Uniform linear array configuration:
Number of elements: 24
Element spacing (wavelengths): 0.25
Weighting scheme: binomial
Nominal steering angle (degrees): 15
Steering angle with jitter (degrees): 15.05
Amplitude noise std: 0.05
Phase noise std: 0.05

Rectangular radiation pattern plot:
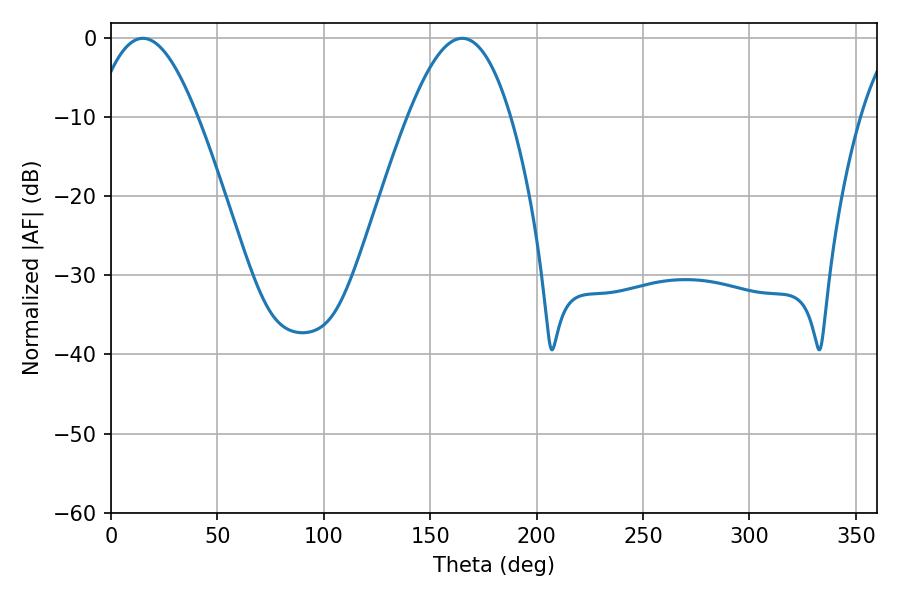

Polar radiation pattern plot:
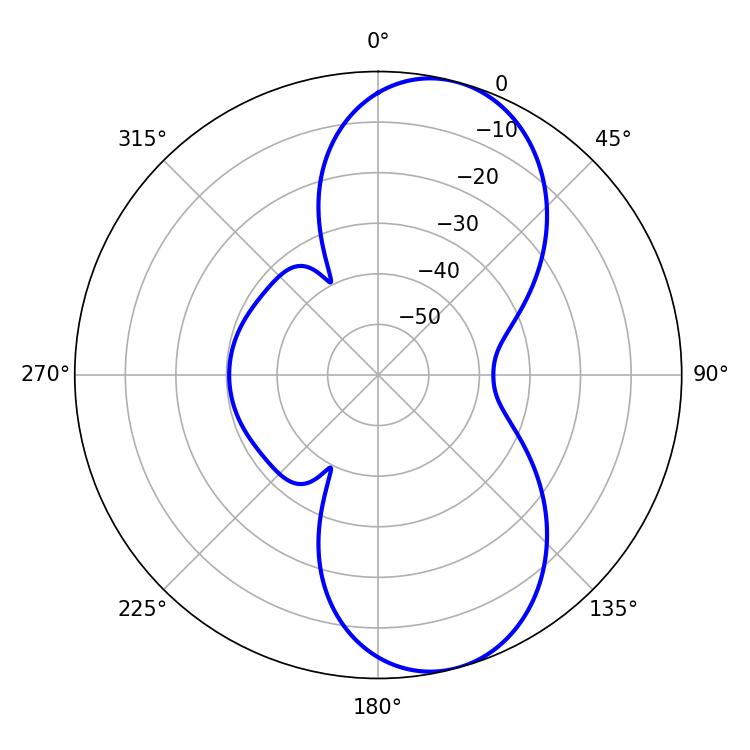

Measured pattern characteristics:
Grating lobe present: FALSE
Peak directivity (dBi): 8.757
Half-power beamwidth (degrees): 26.1
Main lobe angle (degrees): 14.94